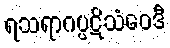
ရသရာဂပ္ပဋိသံဝေဒီ